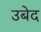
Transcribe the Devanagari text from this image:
उबेद